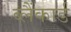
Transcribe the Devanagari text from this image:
ब्लैंकार्ड